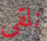
نلقى